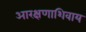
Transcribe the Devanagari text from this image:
आरक्षणाशिवाय